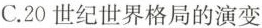
C.20世纪世界格局的演变